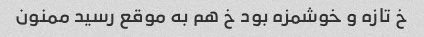
خ تازه و خوشمزه بود خ هم به موقع رسید ممنون